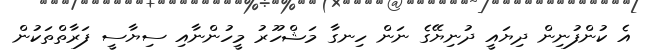
އެ ކުންފުނިން ދިޔައީ ދުނިޔޭގެ ނަން ހިނގާ މަޝްހޫރު މީހުންނާއި ސިޔާސީ ފަރާތްތަކުން